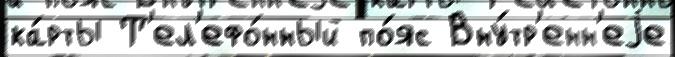
ка́рты Т'ел'ефо́нный по́яс Вну́тр'енн'еjе